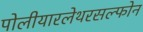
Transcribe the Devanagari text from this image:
पोलीयारलेथरसल्फोन